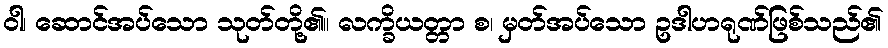
ဝါ၊ ဆောင်အပ်သော သုတ်တို့၏။ လက္ခိယတ္တာ စ၊ မှတ်အပ်သော ဥဒါဟရုဏ်ဖြစ်သည်၏